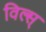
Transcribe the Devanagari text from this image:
विल्स्